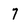
Character: 7